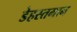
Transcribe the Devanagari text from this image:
डेहस्तमान